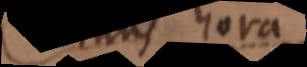
minus hora